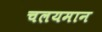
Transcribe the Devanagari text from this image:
चलयमान